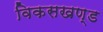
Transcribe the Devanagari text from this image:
विकसखण्ड